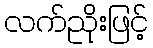
လက်ညိုးဖြင့်